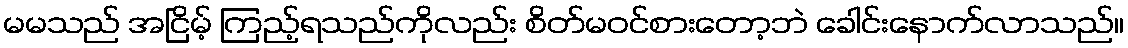
မမသည် အငြိမ့် ကြည့်ရသည်ကိုလည်း စိတ်မဝင်စားတော့ဘဲ ခေါင်းနောက်လာသည်။